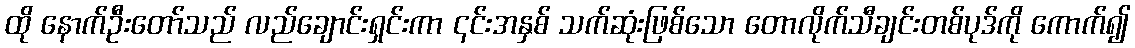
ထို နောက်ဦးတော်သည် လည်ချောင်းရှင်းကာ ၎င်းအနှစ် သက်ဆုံးဖြစ်သော တောလိုက်သီချင်းတစ်ပုဒ်ကို ကောက်၍